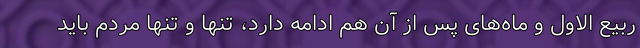
ربیع الاول و ماه‌های پس از آن هم ادامه دارد، تنها و تنها مردم باید